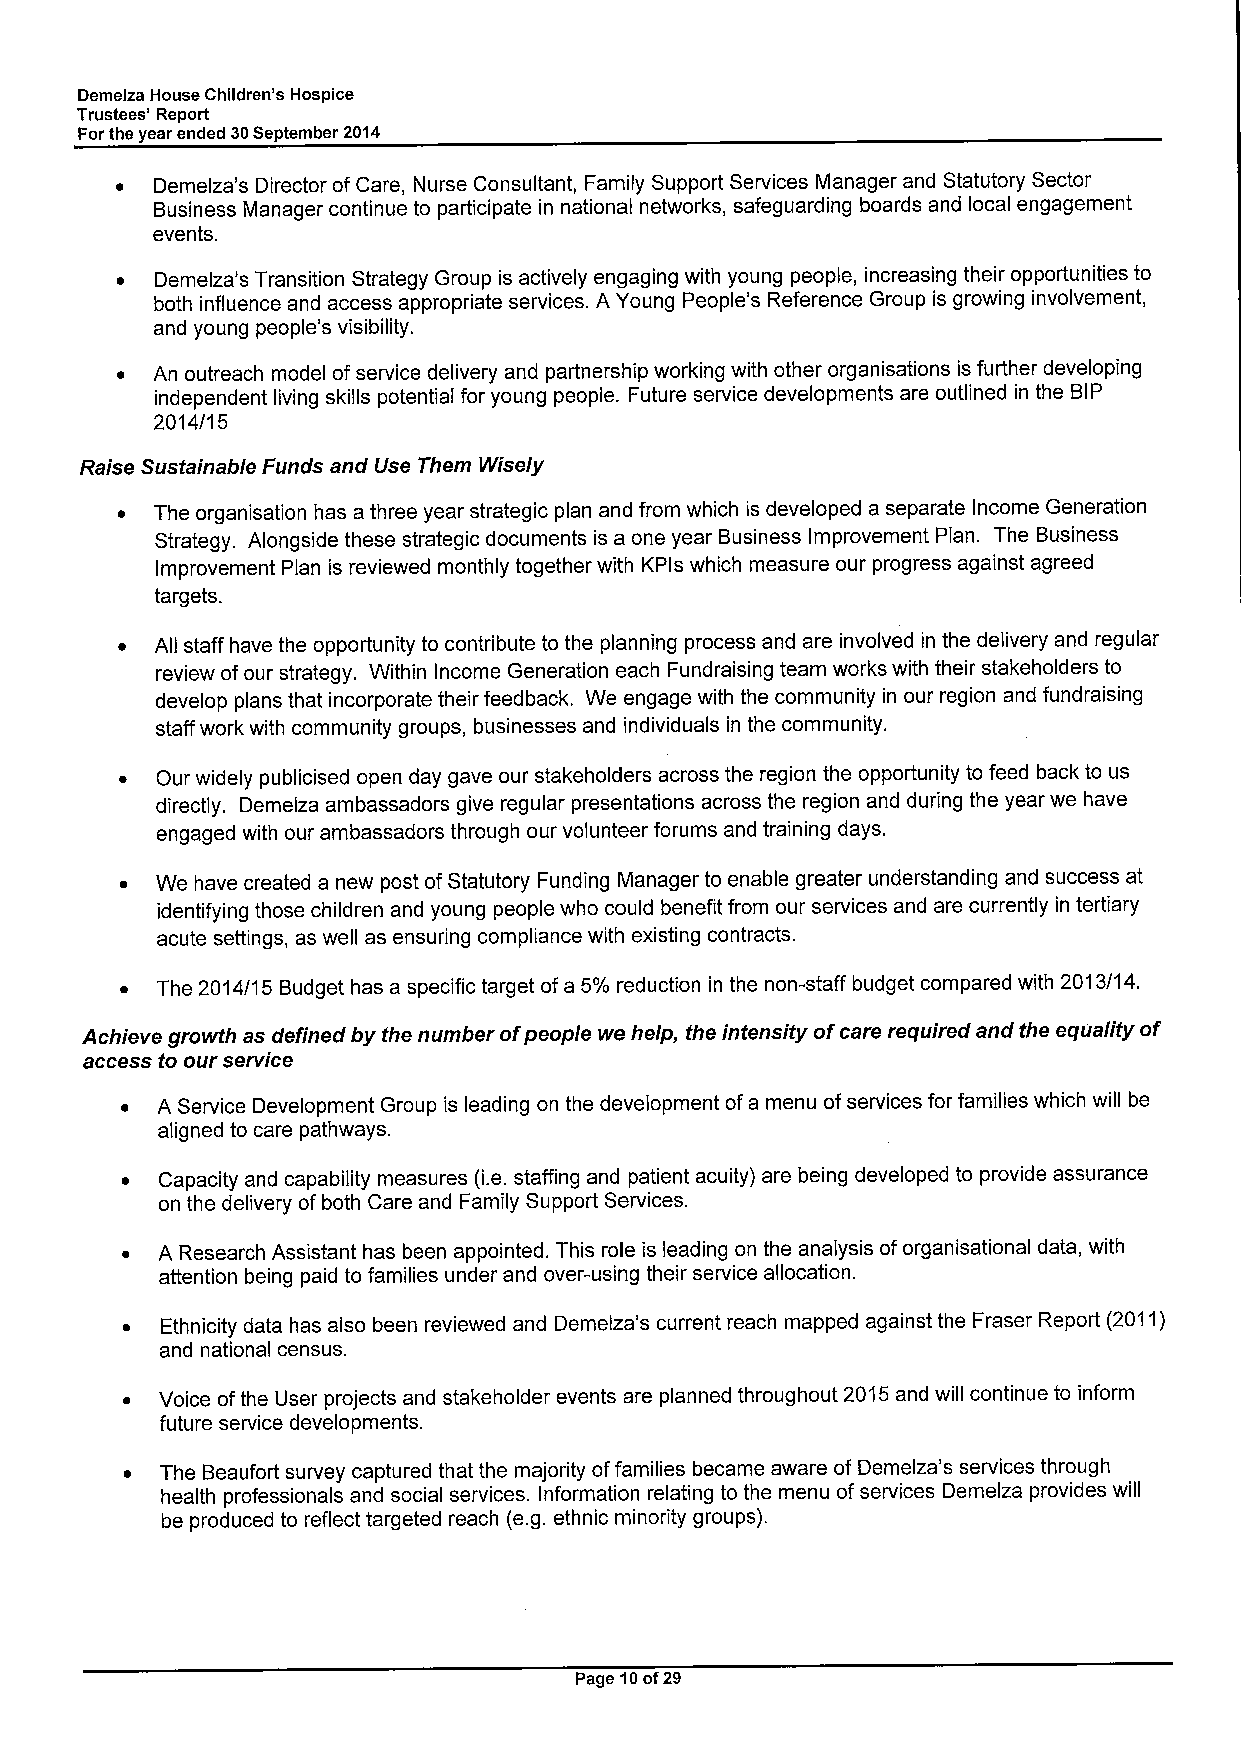
Demelza House Children's Hospice
 Trustees' Report
 Forthe year ended 30Septemder 2014
 ~ Demelza's Director ofCare, Nurse Consultant, Family Support Services Manager and Statutory Sector
 Business Manager continue to participate in national networks, safeguarding boards and local engagement
 events.
 ~ Demelza's Transition Strategy Group is actively engaging with young people, increasing their opportunities to
 both influence and access appropriate services. A Young People's Reference Group is growing involvement,
 and young people's visibility.
 ~ An outreach model ofservice delivery and partnership working with other organisations is further developing
 independent living skills potential for young people. Future service developments are outlined in the BIP
 2014/15
 Raise Sustainable Funds and Use Them Wisely
 ~ The organisation has a three year strategic plan and from which is developed a separate Income Generation
 Strategy. Alongside these strategic documents is a one year Business Improvement Plan. The Business
 Improvement Plan is reviewed monthly together with KPls which measure our progress against agreed
 targets.
 ~ All staff have the opportunity to contribute to the planning process and are involved in the delivery and regular
 review ofour strategy. Within Income Generation each Fundraising team works with their stakeholders to
 develop plans that incorporate their feedback. We engage with the community in our region and fundraising
 staff work with community groups, businesses and individuals in the community.
 ~ Our widely publicised open day gave our stakeholders across the region the opportunity to feed back to us
 directly. Demelza ambassadors give regular presentations across the region and during the year we have
 engaged with our ambassadors through our volunteer forums and training days.
 ~ We have created a new post ofStatutory Funding Manager to enable greater understanding and success at
 identifying those children and young people who could benefit from our services and are currently in tertiary
 acute settings, as well as ensuring compliance with existing contracts.
 ~ The 2014/15 Budget has a specific target ofa 5%reduction in the non-staff budget compared with 2013/14.
 Achieve growth as defined by the number ofpeople we help, the intensity ofcare required and the equality of
 access to our service
 ~ A Service Development Group is leading on the development ofa menu ofservices for families which will be
 aligned to care pathways.
 ~ Capacity and capability measures (i.e.staffing and patient acuity) are being developed to provide assurance
 on the delivery of both Care and Family Support Services.
 ~ A Research Assistant has been appointed. This role is leading on the analysis oforganisational data, with
 attention being paid to families under and over-using their service allocation.
 ~  Ethnicity data has also been reviewed and Demelza's current reach mapped against the Fraser Report (2011)
 and national census.
 ~  Voice ofthe User projects and stakeholder events are planned throughout 2015and will continue to inform
 future service developments.
 ~  The Beaufort survey captured that the majority offamilies became aware of Demelza's services through
 health professionals and social services. Information relating to the menu ofservices Demelza provides will
 be produced to reflect targeted reach (e.g. ethnic minority groups).
 Page 10of29